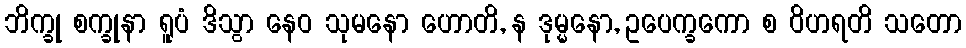
ဘိက္ခု စက္ခုနာ ရူပံ ဒိသွာ နေဝ သုမနော ဟောတိ, န ဒုမ္မနော, ဥပေက္ခကော စ ဝိဟရတိ သတော